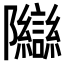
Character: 𬯨